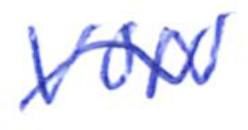
Text: VON
Cross-out: wave
Writing tool: ballpoint